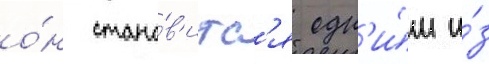
о́н стано́в'итс'я одн'и́м и́з